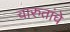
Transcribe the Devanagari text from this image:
चारुतांचे